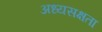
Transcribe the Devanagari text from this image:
अध्यसक्षता